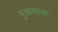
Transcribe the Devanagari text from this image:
मुखलाल